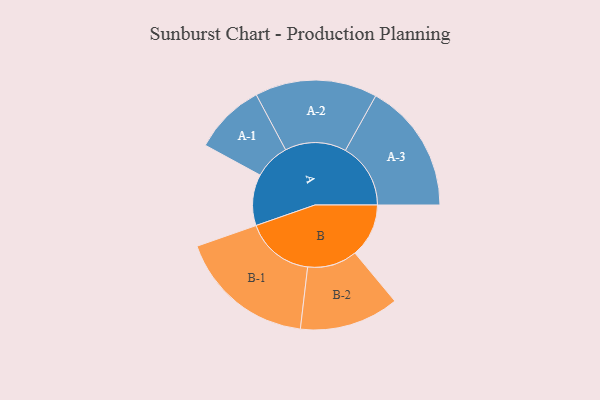
{"axis": {"x": "Segment", "y": "Value"}, "legend": ["", "A", "B"], "data": [{"x": "A", "y": 215, "type": ""}, {"x": "B", "y": 226, "type": ""}, {"x": "A-1", "y": 150, "type": "A"}, {"x": "A-2", "y": 257, "type": "A"}, {"x": "A-3", "y": 274, "type": "A"}, {"x": "B-1", "y": 288, "type": "B"}, {"x": "B-2", "y": 209, "type": "B"}]}